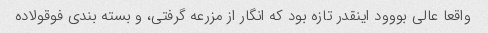
واقعا عالی بووود اینقدر تازه بود که انگار از مزرعه گرفتی، و بسته بندی فوقولاده